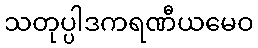
သတုပ္ပါဒကရဏီယမေဝ